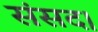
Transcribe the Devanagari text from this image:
संसद।